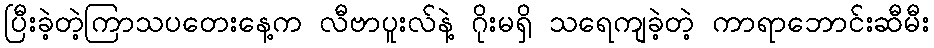
ပြီးခဲ့တဲ့ကြာသပတေးနေ့က လီဗာပူးလ်နဲ့ ဂိုးမရှိ သရေကျခဲ့တဲ့ ကာရာဘောင်းဆီမီး